Leaving Certificate Examination, 1914
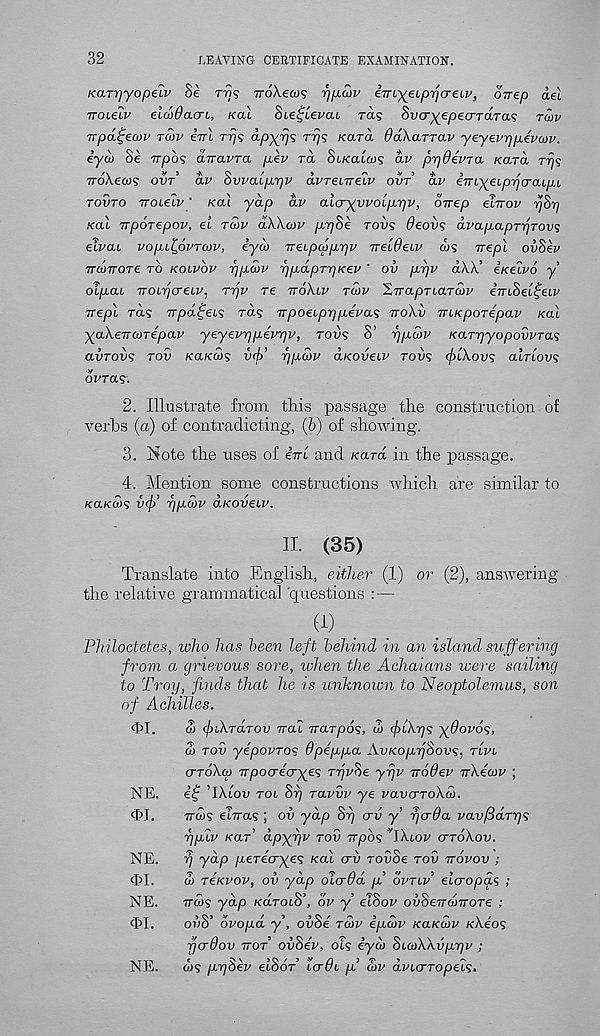
32
LEAVING CERTIFICATE EXAMINATION.
KaT-qyopeiv Se r«5 TroXew? r]iiu>v iin-yeLpyjcreLv, onep ael
TTOLelv elcodacrL, /cat $ie£[ev(u ras Svcr^epecrrara? rtov
irpa^ecov tw iirl
apx^s
/caret OaXarrav yeyevp^ivcov.
iyeb Se Trpos anavTa pev ra St/catai? af pyjOevra Kara rrjs
TroXeais ot/r’ ctf Swauppy avreLTrelv ovt av imryeipri<jcupi
tovto rroielv ‘ /ca/ yap af aio-yyvoiprjv, oirep elvov pSy
/cat TTporepov, el tmv clWcov prjSe rows deov? dvapapT7]Tov^
eivcu vopitpvTaiv, eya> TreLpapr/v TrelOeLv w? irepl ov8ev
TTCOTTore to kolvov r)pa>v rjpdpTrjKev ' ov prjv aW e/cetfo y’
otpat rroL-qareLv, rpv re tt6\iv tu>v 'ZirapTLarcov eVtSetfetF
Trept ras Trpct^ets ra? Trpoeipppeva^ voXv TnKporepav /cat
yaXeTTCorepav yeyevyjpevrjv, rot)? S’ rjpcbv KCLTrjyopovvTas
avrovs tov /ca/cws v(|> , f)pa>v dKovetv roii? (frlXovs atrtov?
ovras.
2. Illustrate from this passage the construction of
verbs (a) of contradicting, (fe) of showing.
3. Note the uses of ini and /caret in the passage.
4. Mention some constructions which are similar to
/ca/co)9 v(f) , r]pd>v aKOveiv.
II. (35)
Translate into English, either (1) or (2), answering
the relative grammatical 'questions : —
(1)
.
.
.
Philoctetes, who has been left behind in an island suffering
from a grievous sore, lohen the Achaians were sailing
to Troy, finds that he is unknown to Neoptolemus, son
of Achilles.
<D>I.
w (fiXTarov nai irarpos, d> (plXys ydovos,
a) tov yepovTos dpeppa AvKoprjSovs, tIvl
CTToXg) TTpocrecryes rrjvHe yrjv Trader nXecov ;
NE.
e£ TX.toa rot Sp ravvv ye vavcrToXco.
cIVI.
7rco9 et7ra9 ; ov yap St) <tv y rjerda vavfidrrjs
rjpiv /car’ dpyfjv tov 7rpb<s 'IXlov cttoXov.
NE.
rj yap peTecryes Kai erv roSSe roG ttovov ;
$1.
S TeKVOV, ov yap oicrOd p’ ovtlv elcropas ;
NE.
7ra>9 yap /cetrotS’, ov y eiSov owSeirciJTrore ;
c[il.
07/S’ ovopd y, ovSe t£)v epa>v /ca/cah /cA.eo9
fjerdov ttot ovhev, ot9 iyev SicoXXvprjv ;
NE.
a/9 prjSev eiSor’ tcr^t p’ £>v dvio-Topeis,